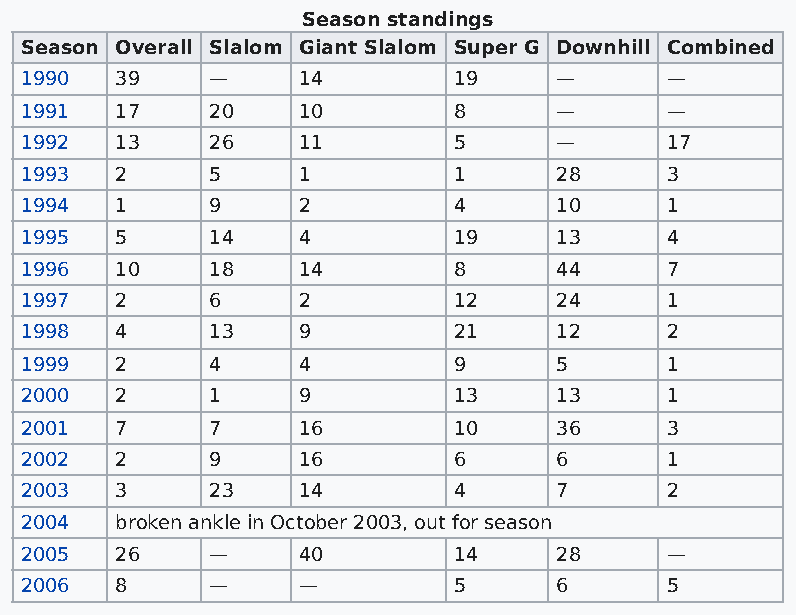
Season standings
 Season Overall Slalom Giant Slalom Super G Downhill Combined
 1990   39    —     14        19     —      —
 1991   17    20    10        8      —      —
 1992   13    26    11        5      —      17
 1993   2     5     1         1      28     3
 1994   1     9     2         4      10     1
 1995   5     14    4         19     13     4
 1996   10    18    14        8      44     7
 1997   2     6     2         12     24     1
 1998   4     13    9         21     12     2
 1999   2     4     4         9      5      1
 2000   2     1     9         13     13     1
 2001   7     7     16        10     36     3
 2002   2     9     16        6      6      1
 2003   3     23    14        4      7      2
 2004   broken ankle in October 2003, out for season
 2005   26    —     40        14     28     —
 2006   8     —     —         5      6      5